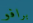
برافو